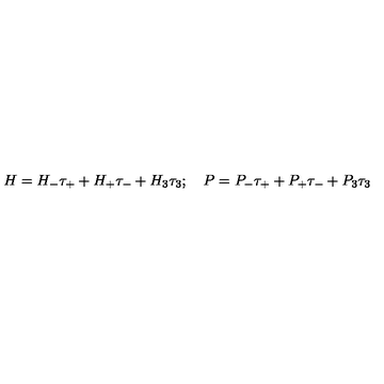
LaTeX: H = H _ { - } \tau _ { + } + H _ { + } \tau _ { - } + H _ { 3 } \tau _ { 3 } ; \quad P = P _ { - } \tau _ { + } + P _ { + } \tau _ { - } + P _ { 3 } \tau _ { 3 }